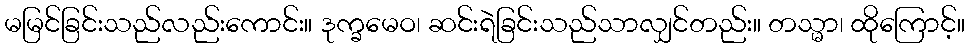
မမြင်ခြင်းသည်လည်းကောင်း။ ဒုက္ခမေဝ၊ ဆင်းရဲခြင်းသည်သာလျှင်တည်း။ တသ္မာ၊ ထိုကြောင့်။